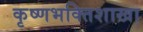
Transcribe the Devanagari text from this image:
कृष्णभक्तिशाखा